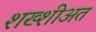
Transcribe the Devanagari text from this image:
शख्शीअत